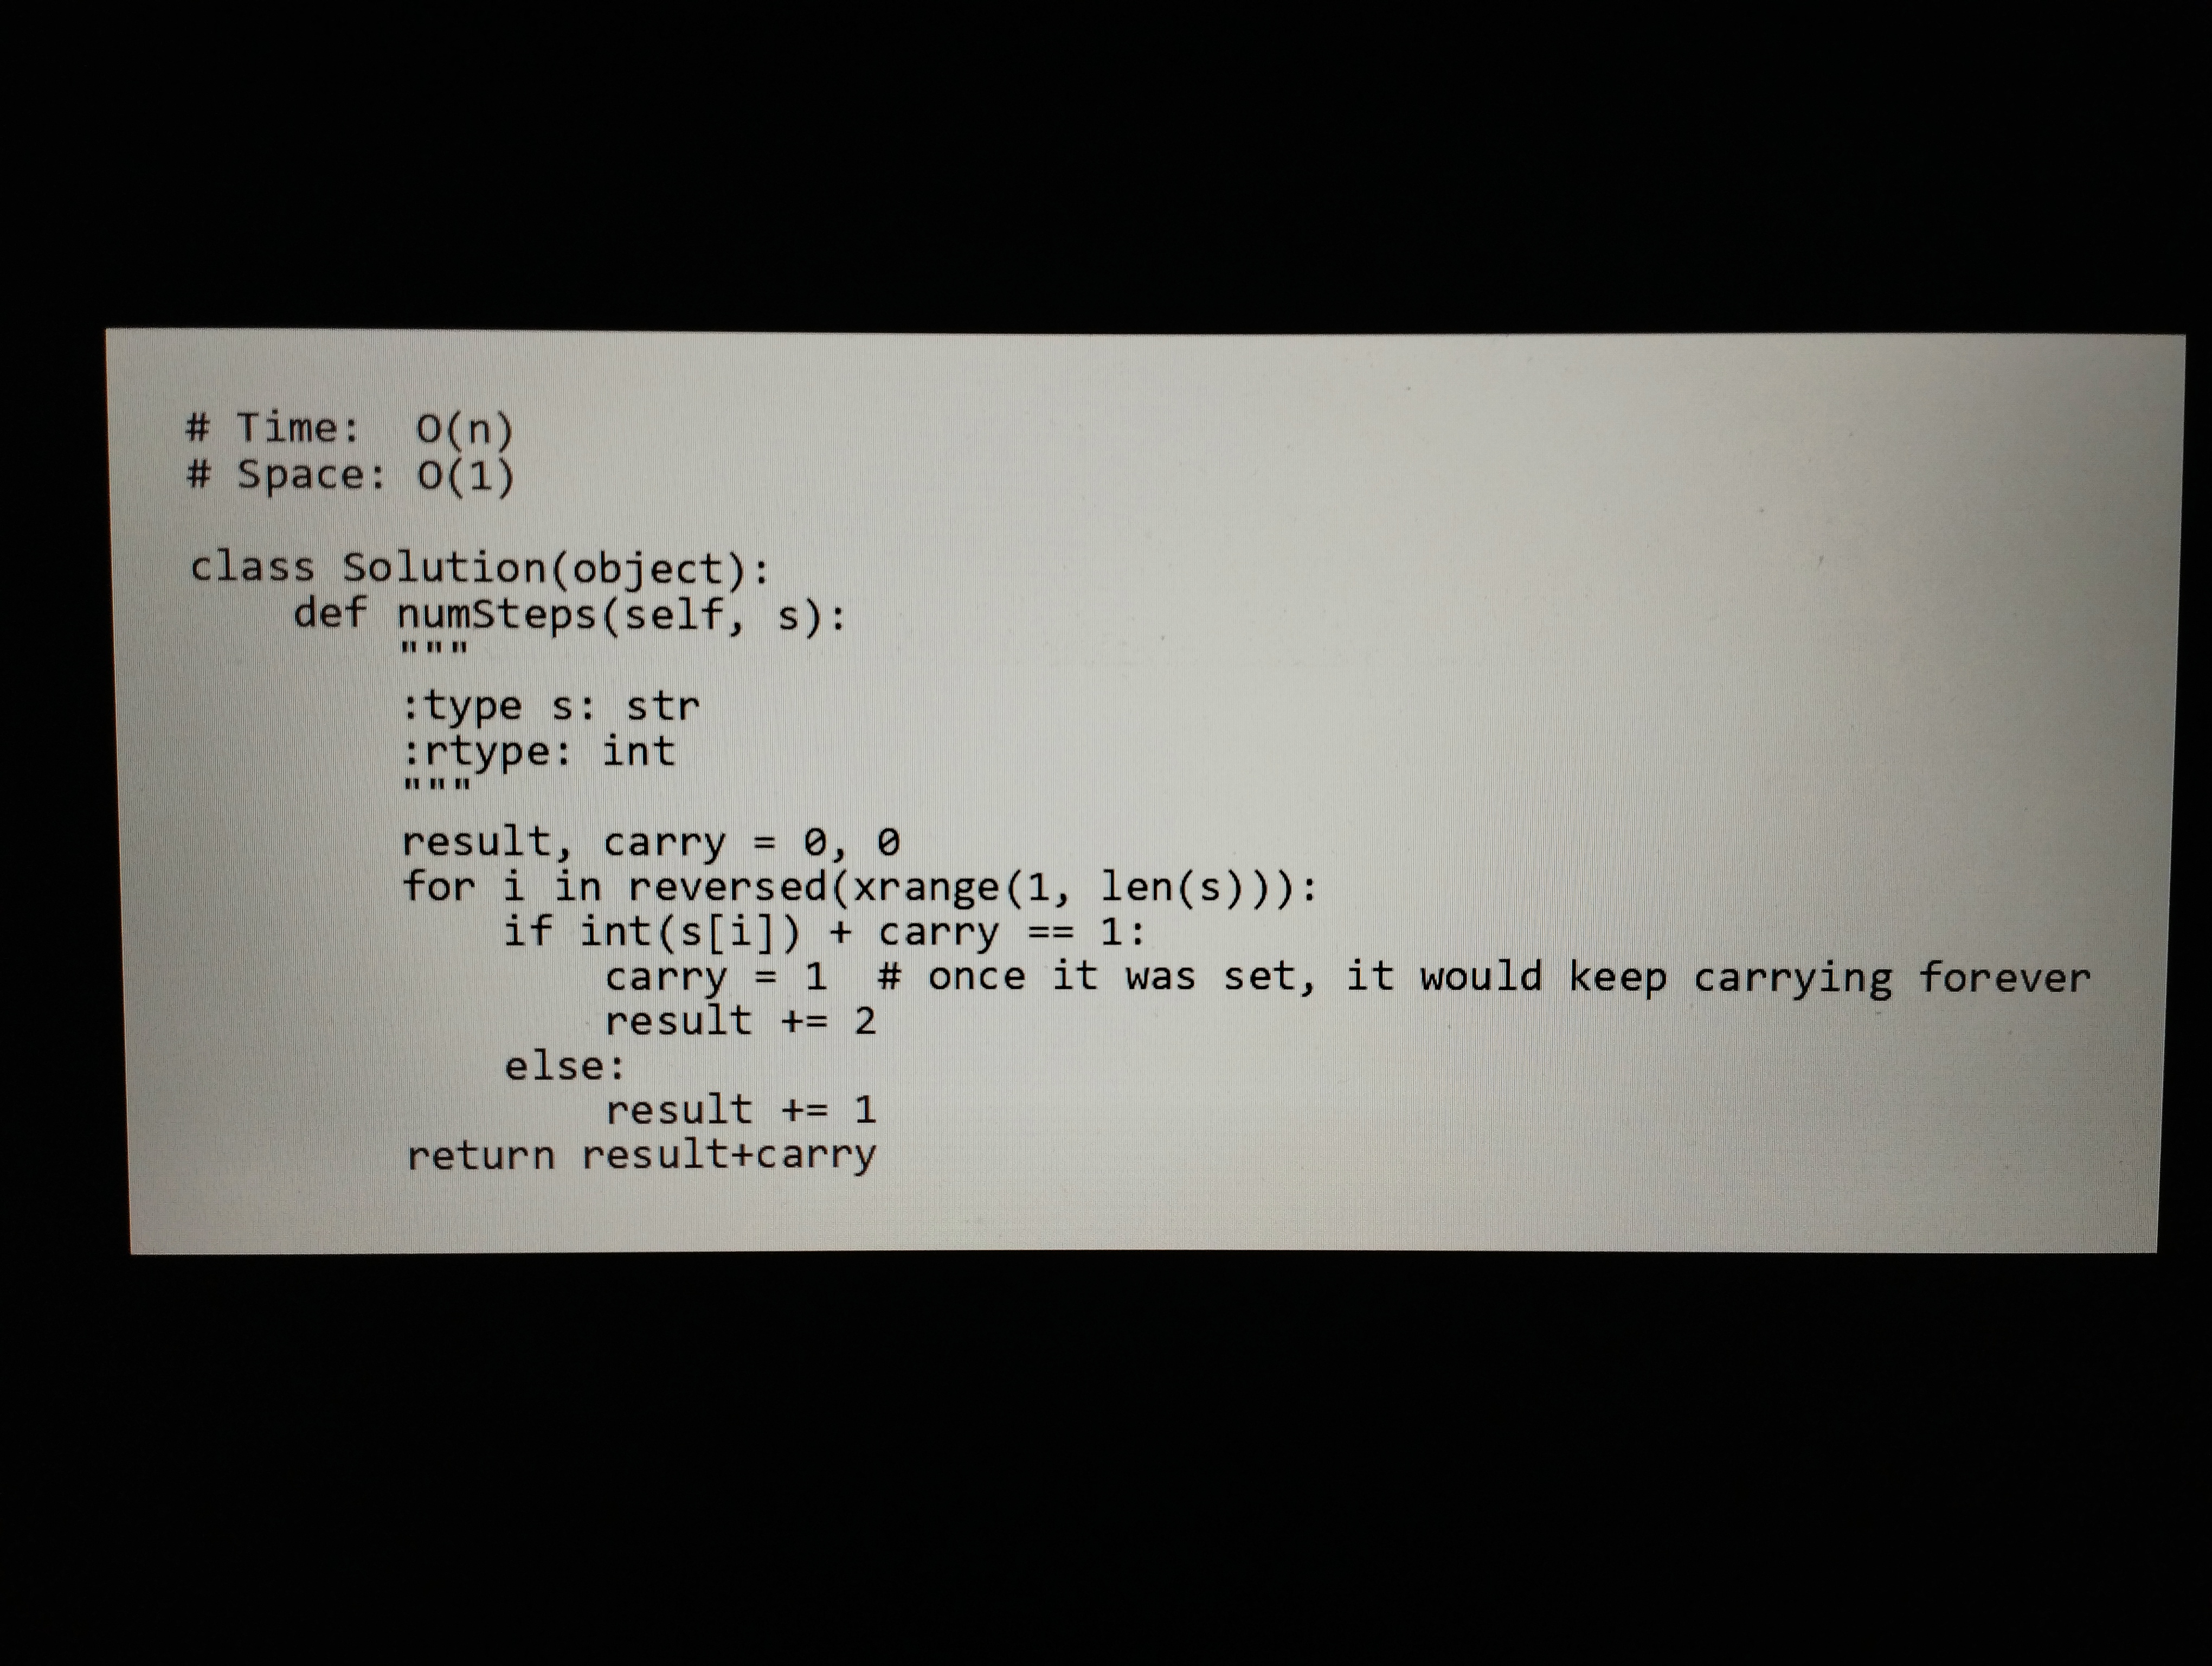
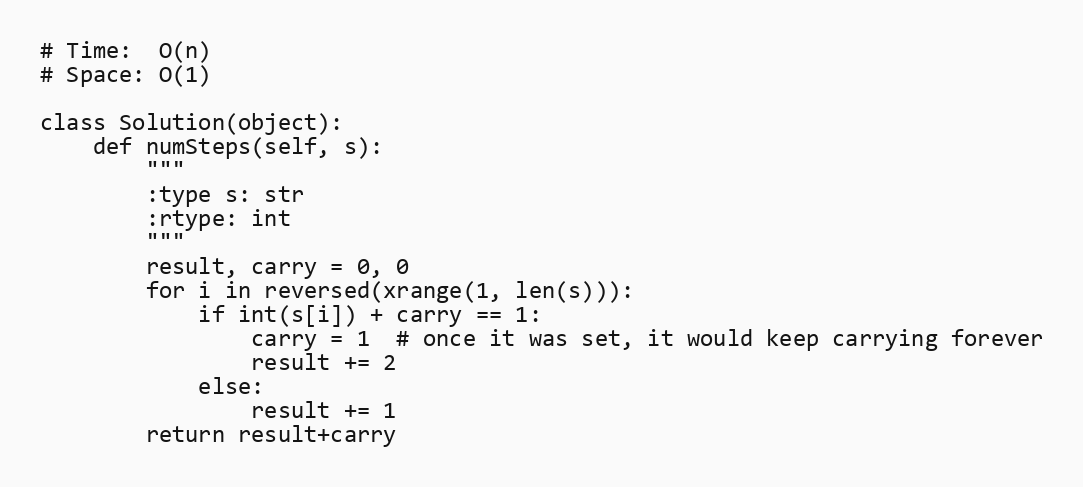
# Time:  O(n)
# Space: O(1)

class Solution(object):
    def numSteps(self, s):
        """
        :type s: str
        :rtype: int
        """
        result, carry = 0, 0
        for i in reversed(xrange(1, len(s))):
            if int(s[i]) + carry == 1:
                carry = 1  # once it was set, it would keep carrying forever
                result += 2
            else:
                result += 1
        return result+carry